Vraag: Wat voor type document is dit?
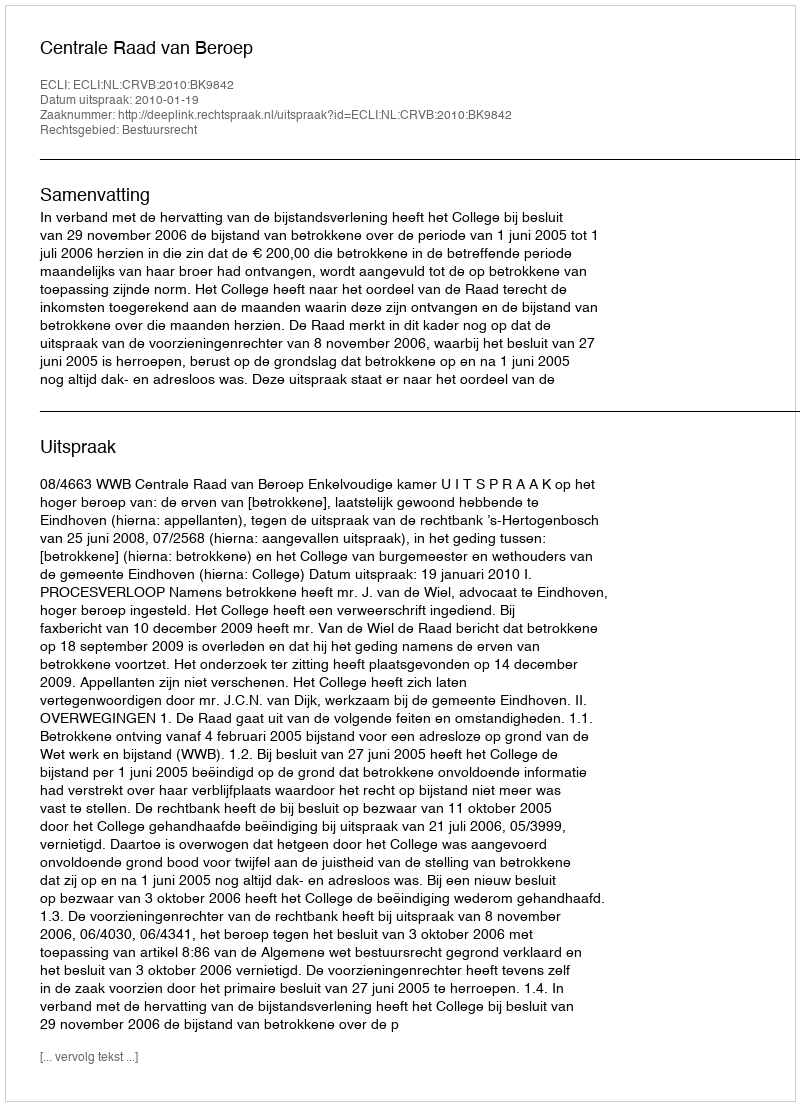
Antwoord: Uitspraak